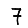
Digit: 7